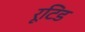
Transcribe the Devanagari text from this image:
रूटिड